Indian journal of veterinary science and animal husbandry - Volumes 15-17, 1948-1951
Year: 1948
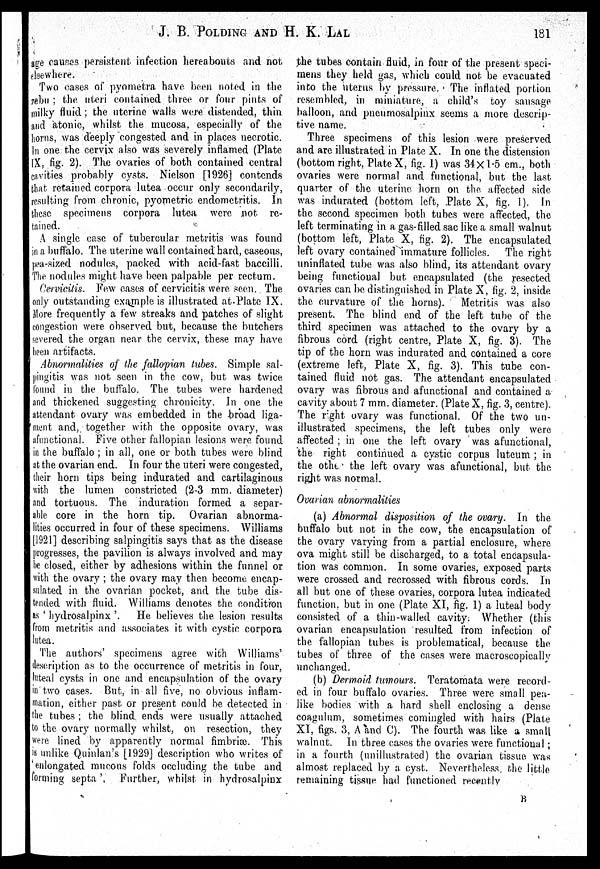
J. B. POLDING AND H. K.
LAL
181
age causes persistent infection hereabouts and. not
elsewhere.
Two cases of pyometra have been noted in the
zebu ; the uteri contained three or four pints of
milky fluid ; the uterine walls were distended, thin
and atonic, whilst the mucosa, especially of the
horns, was deeply congested and in places necrotic.
In one the cervix also was severely inflamed (Plate
[X, fig. 2). The ovaries of both contained central
cavities probably cysts. Nielson [1926] contends
that retained corpora lutea occur only secondarily,
resulting from chronic, pyometric endometritis. In
these specimens corpora lutea were not re-
tained.
A single case of tubercular metritis was found
in a buffalo. The uterine wall contained hard, caseous,
pea-sized nodules, packed with acid-fast baccilli.
The nodules might have been palpable per rectum.
Cervicitis. Few cases of cervicitis were seen. The
only outstanding example is illustrated at Plate IX.
More frequently a few streaks and patches of slight
congestion were observed but, because the butchers
severed the organ near the cervix, these may have
been artifacts.
Abnormalities of the fallopian tubes. Simple sal-
pingitis was not seen in the cow, but was twice
found in the buffalo. The tubes were hardened
and thickened suggesting chronicity. In one the
attendant ovary was embedded in the broad liga-
ment and, together with the opposite ovary, was
afunctional. Five other fallopian lesions were found
in the buffalo ; in all, one or both tubes were blind
at the ovarian end. In four the uteri were congested,
their horn tips being indurated and cartilaginous
with the lumen constricted (2-3 mm. diameter)
and tortuous. The induration formed a separ-
able core in the horn tip. Ovarian abnorma-
lities occurred in four of these specimens. Williams
[1921] describing salpingitis says that as the disease
progresses, the pavilion is always involved and may
be closed, either by adhesions within the funnel or
with the ovary ; the ovary may then become encap-
sulated in the ovarian pocket, and the tube dis-
tended with fluid. Williams denotes the condition
as 'hydrosalpinx'.
He believes the lesion results
from metritis and associates it with cystic corpora
lutea.
The authors' specimens agree with Williams'
description as to the occurrence of metritis in four,
luteal cysts in one and encapsulation of the ovary
in two cases. But, in all five, no obvious inflam-
mation, either past or present could be detected in
the tubes ; the blind ends were usually attached
to the ovary normally whilst, on resection, they
were lined by apparently normal fimbriæ. This
is unlike Quinlan's [1929] description who writes of
'enlongated mucous folds occluding the tube and
forming septa'. Further, whilst in hydrosalpinx
the tubes contain fluid, in four of the present speci-
mens they held gas, which could not be evacuated
into the uterus by pressure. The inflated portion
resembled, in miniature, a child's toy sausage
balloon, and pneumosalpinx seems a more descrip-
tive name.
Three specimens of this lesion were preserved
and are illustrated in Plate X. In one the distension
(bottom right, Plate X, fig. 1) was 34×1.5 cm., both
ovaries were normal and functional, but the last
quarter of the uterine horn on the affected side
was indurated (bottom left, Plate X, fig. 1). In
the second specimen both tubes were affected, the
left terminating in a gas-filled sac like a small walnut
(bottom left, Plate X, fig. 2). The encapsulated
left ovary contained immature follicles. The right
uninflated tube was also blind, its attendant ovary
being functional but encapsulated (the resected
ovaries can be distinguished in Plate X, fig. 2, inside
the curvature of the horns). Metritis was also
present. The blind end of the left tube of the
third specimen was attached to the ovary by a
fibrous cord (right centre, Plate X, fig. 3). The
tip of the horn was indurated and contained a core
(extreme left, Plate X, fig. 3). This tube con-
tained fluid not gas. The attendant encapsulated
ovary was fibrous and afunctional and contained a
cavity about 7 mm. diameter. (Plate X, fig. 3, centre).
The right ovary was functional. Of the two un-
illustrated specimens, the left tubes only were
affected ; in one the left ovary was afunctional,
the right continued a cystic corpus luteum ; in
the other the left ovary was afunctional, but the
right was normal.
Ovarian abnormalities
(a) Abnormal disposition of the ovary. In the
buffalo but not in the cow, the encapsulation of
the ovary varying from a partial enclosure, where
ova might still be discharged, to a total encapsula-
tion was common. In some ovaries, exposed parts
were crossed and recrossed with fibrous cords. In
all but one of these ovaries, corpora lutea indicated
function, but in one (Plate XI, fig. 1) a luteal body
consisted of a thin-walled cavity; Whether (this
ovarian encapsulation resulted from infection of
the fallopian tubes is problematical, because the
tubes of three of the cases were macroscopically
unchanged.
(b) Dermoid tumours. Teratomata were record-
ed in four buffalo ovaries. Three were small pea-
like bodies with a hard shell enclosing a dense
coagulum, sometimes comingled with hairs (Plate
XI, figs. 3, A ànd C). The fourth was like a small
walnut. In. three cases the ovaries were functional ;
in a fourth (unillustrated) the ovarian tissue was
almost replaced by a cyst. Nevertheless, the little
remaining tissue had functioned recently
B